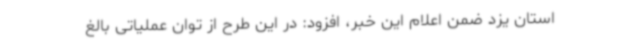
استان یزد ضمن اعلام این خبر، افزود: در این طرح از توان عملیاتی بالغ